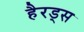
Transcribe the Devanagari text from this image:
हैरड्स